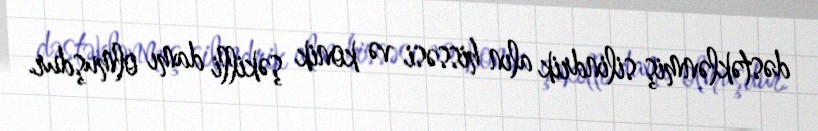
dəstəklənmiş silindrik alın hissəsi və konik şəkilli damı olmuşdur.